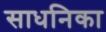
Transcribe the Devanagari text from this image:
साधनिका